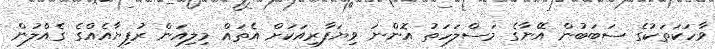
ވާހަކަތަކުގެ ސަބަބުން އޭނާގެ މަސްލަހަތު އޮންނަ ވިޔަފާރިއަކަށް އެތައް މިލިއަން ރުފިޔާއެއްގެ ގެއްލުން